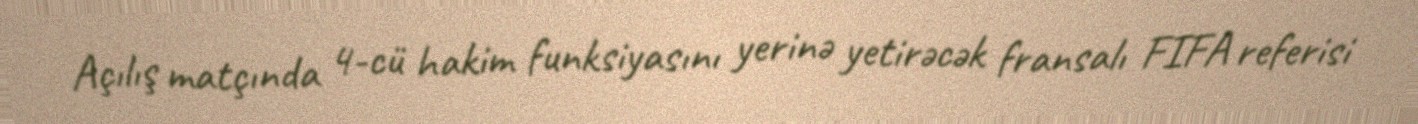
Açılış matçında 4-cü hakim funksiyasını yerinə yetirəcək fransalı FIFA referisi